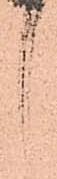
言